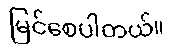
မြင်စေပါတယ်။